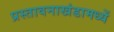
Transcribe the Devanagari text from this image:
प्रस्तावनाखंडामध्यें